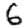
Digit: 6